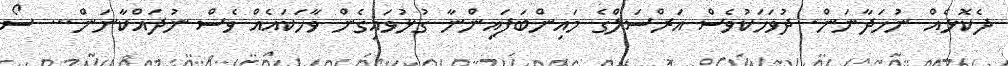
ދެކޮޅެއް ނުހަދާނަން. ދުވަހަކުވެސް އަރްސަލްގެ މައިންބަފައިންނާ ގުޅުވައިގެން ވާހަކައެއް ވެސް ނުދައްކާނަން... ސޯ